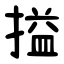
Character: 搤